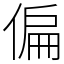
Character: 偏